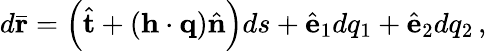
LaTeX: d\bar{\mathbf r}=\left(\hat{\mathbf t}+\left({\mathbf h}\cdot{\mathbf q}\right)\hat{\mathbf n}\right)ds+\hat{\mathbf e}_{1}dq_{1}+\hat{\mathbf e}_{2}dq_{2}\, ,